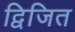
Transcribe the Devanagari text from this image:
द्विजित